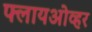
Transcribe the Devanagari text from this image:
फ्लायओव्हर